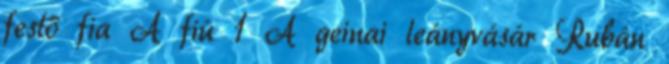
festő fia A fiú 1 A geinai leányvásár Rubán